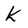
Character: k